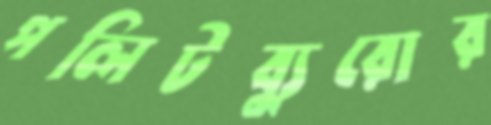
পলিটব্যুরোর